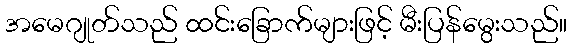
အမေဂျုတ်သည် ထင်းခြောက်များဖြင့် မီးပြန်မွေးသည်။